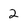
Character: 2